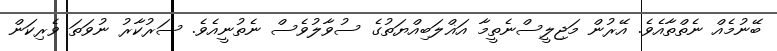
ބޭނުމެއް ނެތްތާއެވެ. އޭރުން މަޖިލީސްނެތީމާ އަޣްލަބިއްޔަތުގެ ސުވާލުވެސް ނެތުނީއެވެ. ސަރުކާރު ނުވަތަ ވެރިކަން